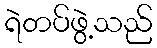
ရဲတပ်ဖွဲ့သည်